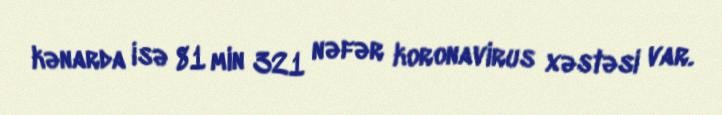
kənarda isə 81 min 321 nəfər koronavirus xəstəsi var.